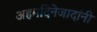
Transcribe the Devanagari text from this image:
अहमदिनेजादांनी